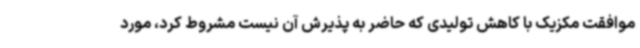
موافقت مکزیک با کاهش تولیدی که حاضر به پذیرش آن نیست مشروط کرد، مورد